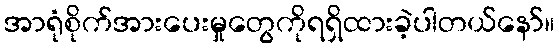
အာရုံစိုက်အားပေးမှုတွေကိုရရှိထားခဲ့ပါတယ်နော်။